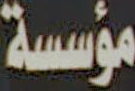
مؤسسة